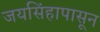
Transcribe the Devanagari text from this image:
जयसिंहापासून